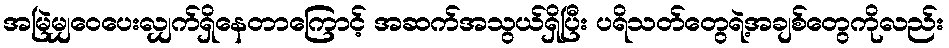
အမြဲမျှဝေပေးလျှက်ရှိနေတာကြောင့် အဆက်အသွယ်ရှိပြီး ပရိသတ်တွေရဲ့အချစ်တွေကိုလည်း